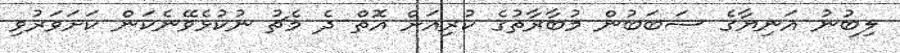
ލިބުނު އަނިޔާގެ ސަބަބުން މުބާރާތުގެ ކުރިއަށް އޮތް ދެ މެޗު ނުކުޅެވޭނެކަން ކަށަވަރުވި